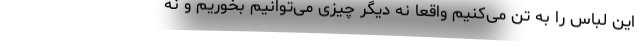
این لباس را به تن می‌کنیم واقعا نه دیگر چیزی می‌توانیم بخوریم و نه